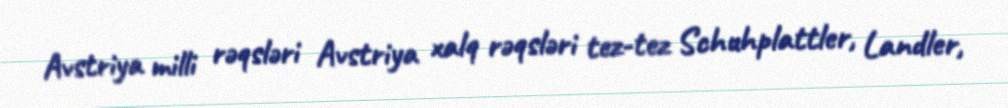
Avstriya milli rəqsləri Avstriya xalq rəqsləri tez-tez Schuhplattler, Landler,